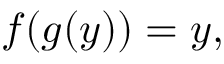
f ( g ( y ) ) = y ,